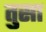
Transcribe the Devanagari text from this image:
तुसा